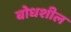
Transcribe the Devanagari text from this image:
बोधशील